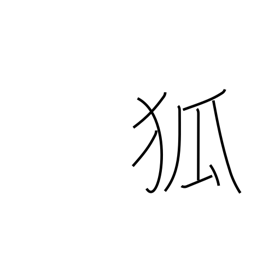
Meaning: fox